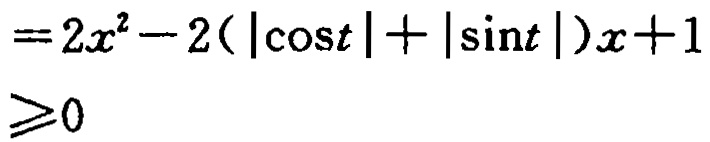
\[
\begin{align*}
&=2x^{2}-2(|\cos t| + |\sin t|)x + 1\\
&\geqslant0
\end{align*}
\]